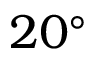
2 0 ^ { \circ }